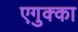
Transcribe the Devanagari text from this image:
एगुक्का